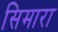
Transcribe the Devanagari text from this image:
सिमारा